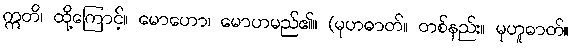
ဣတိ၊ ထို့ကြောင့်။ မောဟော၊ မောဟမည်၏။ (မုဟဓာတ်။ တစ်နည်း။ မုဟူဓာတ်။